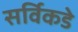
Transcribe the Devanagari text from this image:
सर्विकडे